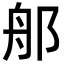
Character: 郍